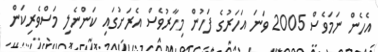
އެހެން ނަމަވެސް 2005 ވަނަ އަހަރުގެ ފަހުން މިހާރުވެސް އެރަށުގައި ކަންނެލި މަސްވެރިކަން